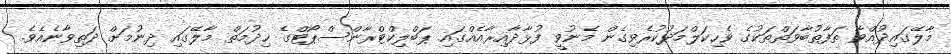
މާލޭގައިދުއްވާ ތަފާތުބާވަތްތަކުގެ ވެހިކަލްމަދުކުރެވިގެން މެނުވީ ފުޅާދާއިރާއެއްގައި ޕަބްލިކްޓްރާންސްޕޯޓްގެ ޚިދުމަތް މާލޭގައި ދިނުމަށް ދަތިވާނެއެވެ.